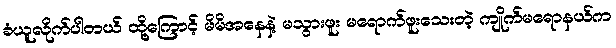
ခံယူလိုက်ပါတယ် ထို့ကြောင့် မိမိအနေနဲ့ မသွားဖူး မရောက်ဖူးသေးတဲ့ ကျိုက်မရောနယ်က